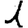
Digit: 1